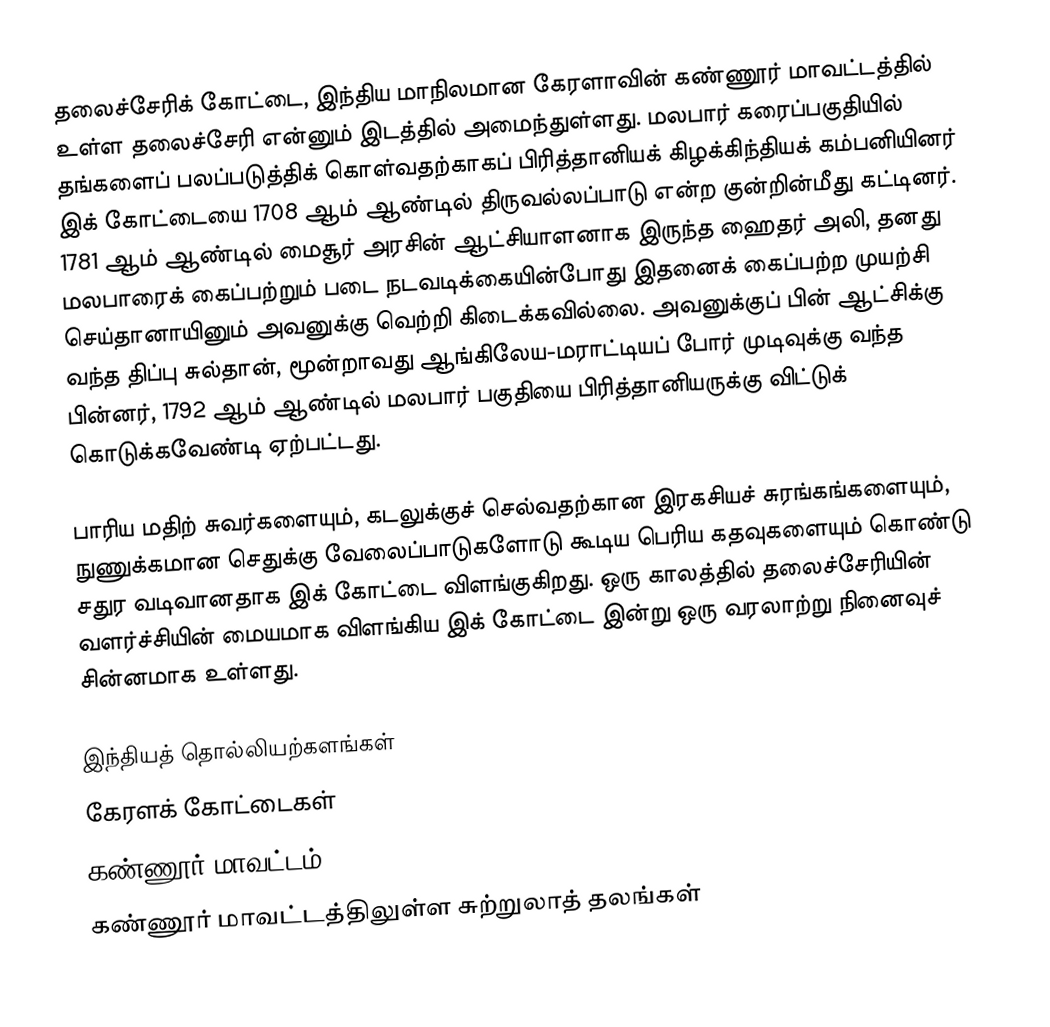
தலைச்சேரிக் கோட்டை, இந்திய மாநிலமான கேரளாவின் கண்ணூர் மாவட்டத்தில் உள்ள தலைச்சேரி என்னும் இடத்தில் அமைந்துள்ளது. மலபார் கரைப்பகுதியில் தங்களைப் பலப்படுத்திக் கொள்வதற்காகப் பிரித்தானியக் கிழக்கிந்தியக் கம்பனியினர் இக் கோட்டையை 1708 ஆம் ஆண்டில் திருவல்லப்பாடு என்ற குன்றின்மீது கட்டினர். 1781 ஆம் ஆண்டில் மைசூர் அரசின் ஆட்சியாளனாக இருந்த ஹைதர் அலி, தனது மலபாரைக் கைப்பற்றும் படை நடவடிக்கையின்போது இதனைக் கைப்பற்ற முயற்சி செய்தானாயினும் அவனுக்கு வெற்றி கிடைக்கவில்லை. அவனுக்குப் பின் ஆட்சிக்கு வந்த திப்பு சுல்தான், மூன்றாவது ஆங்கிலேய-மராட்டியப் போர் முடிவுக்கு வந்த பின்னர், 1792 ஆம் ஆண்டில் மலபார் பகுதியை பிரித்தானியருக்கு விட்டுக் கொடுக்கவேண்டி ஏற்பட்டது.

பாரிய மதிற் சுவர்களையும், கடலுக்குச் செல்வதற்கான இரகசியச் சுரங்கங்களையும், நுணுக்கமான செதுக்கு வேலைப்பாடுகளோடு கூடிய பெரிய கதவுகளையும் கொண்டு சதுர வடிவானதாக இக் கோட்டை விளங்குகிறது. ஒரு காலத்தில் தலைச்சேரியின் வளர்ச்சியின் மையமாக விளங்கிய இக் கோட்டை இன்று ஒரு வரலாற்று நினைவுச் சின்னமாக உள்ளது.

இந்தியத் தொல்லியற்களங்கள்
கேரளக் கோட்டைகள்
கண்ணூர் மாவட்டம்
கண்ணூர் மாவட்டத்திலுள்ள சுற்றுலாத் தலங்கள்